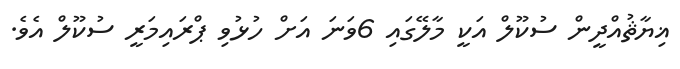
ޣިޔާޘުއްދީން ސުކޫލް އަކީ މާލޭގައި 6ވަނަ އަށް ހުޅުވި ޕްރައިމަރީ ސުކޫލް އެވެ.